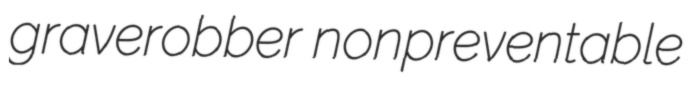
graverobber nonpreventable